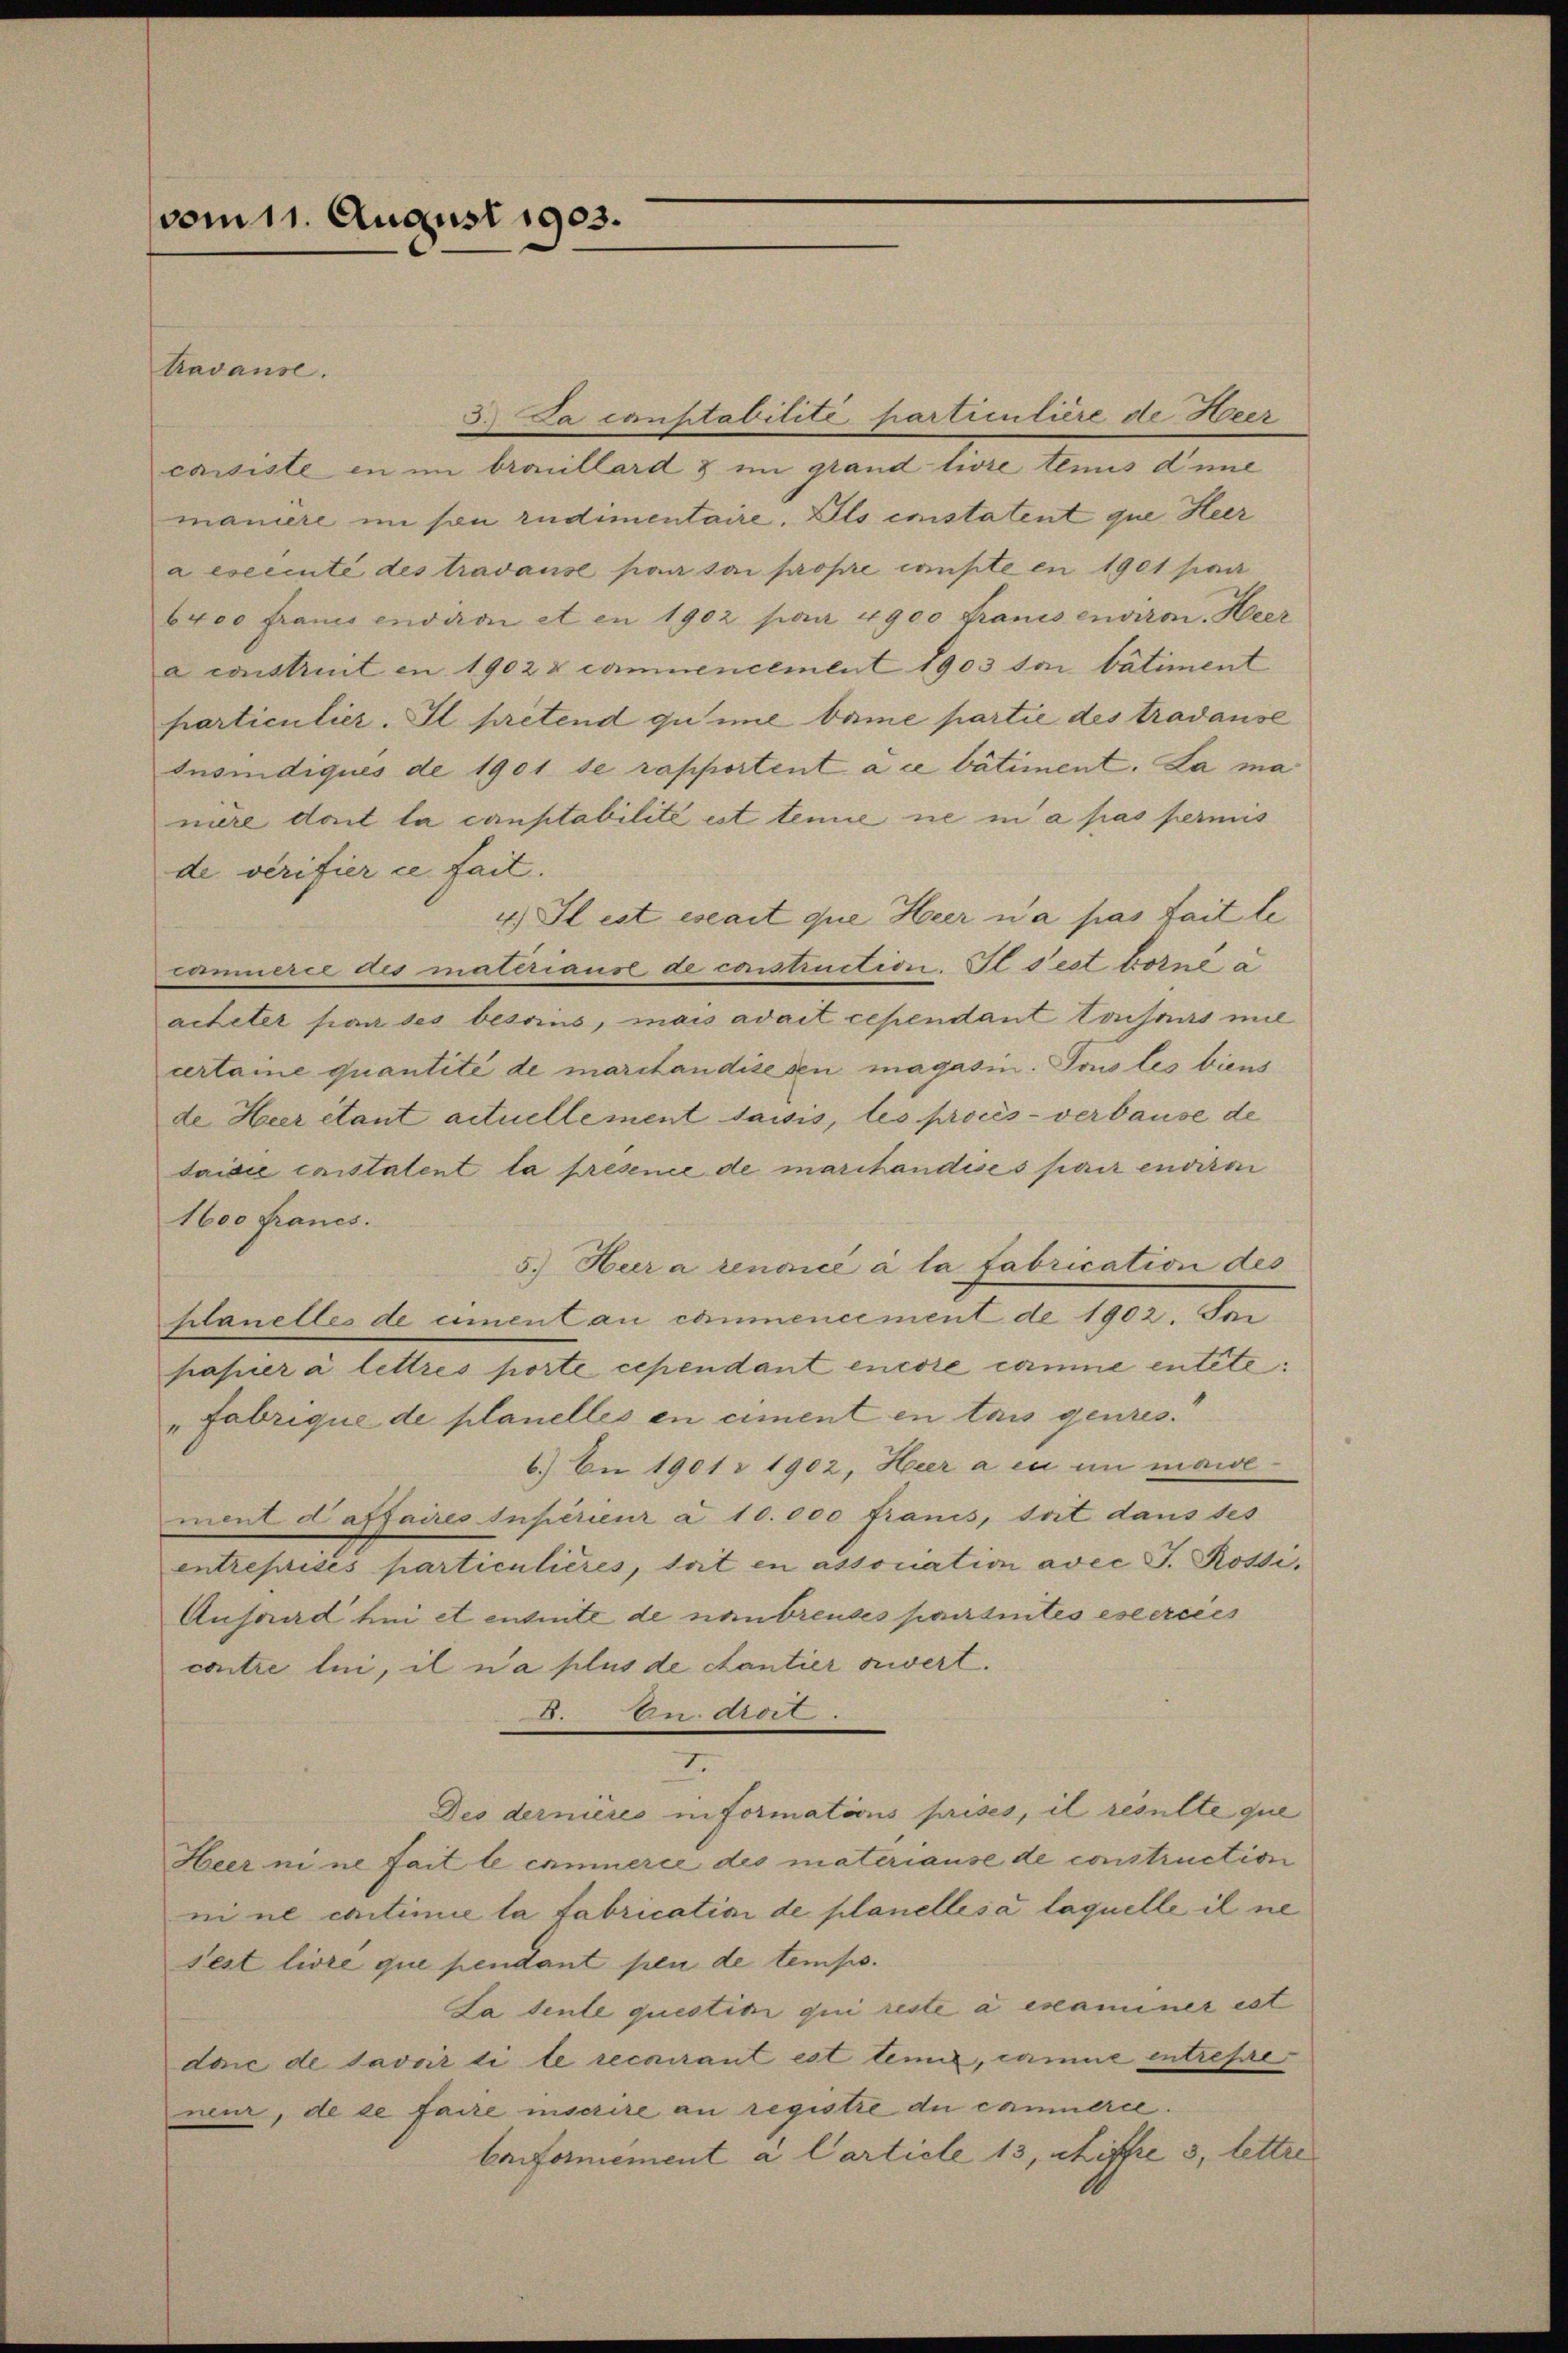
vom 11. August 1903.

Ravause.
5.) Da constabilité, partientière de Heer
cassiste in im brouillard & im grand livre tenus dene
maniere im son rudimentaire. Als constatent que Heer
a esecente des travause par sui propre conste en 1901 par
6400 Fraues environ et en 1902 paar 4900 Francs environ. Heer
a construit en 1902 x commencement 1903 son bâtiment
particulier. Il pretend gumme bame partie des tradause
Insindiqués de 1901 se rapportent à ce bâtiment. La ma
niere doit la canstabilité est temie ne in a pas permis
de verifier ce fait.
4) Il est essait que Heer n’a pas fait le
camnerie des materiaus de construction. Il s’est torné a
acheter son des besoins, mais adait cependant toismus mit
certaine quantité de marchandisesen magasin. Tous les biens
de Heer étant actuellement saisis, les procès-verbause de
saisie constalent la presence de maritandises parir endire
1600 Francs.
5.) Heer a renoncé à la fabrication des
planelles de ciment au commencement de 1902. In
pasuer à lettres porte cependant encore comme entite
"Fabrique de planelles en ciment en tais genres.
6.) An 1901 i 1902, Heer a en in maie
ment d affaires supérieur a 10.000 francs, soit dans des
entreprises particulières, soit en association avec G. Rossi,
Anfand bei et entrite de nanbreudes partintes excercies
contre lui, il n’a plus de cantier erwert.
8. u. droit.
I.
Des dernières in Formations prises, il resulte que
Heer ni ne fait le cominerie des matériause de construction
ni ne continie la fabrication de planelles à laquelle il ne
sest livré que pendant pen de temps.
La tente questini qui reste a examiner ist
doi de savoir di le recurant est temie, camne entrepre
neur, de se faire inscrire an registre du camnerie.
Caiformément a Carticle 13, chiffre 3, lettre